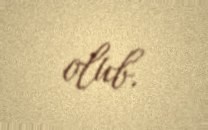
olub.